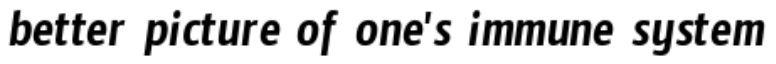
better picture of one's immune system